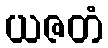
ယဇတံ